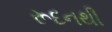
રૂદનથી